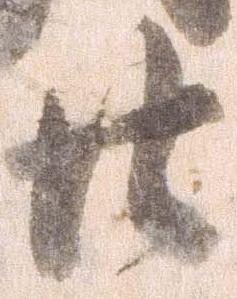
廿